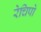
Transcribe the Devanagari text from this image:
रेचिपो